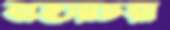
বাহারচরা